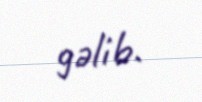
gəlib.